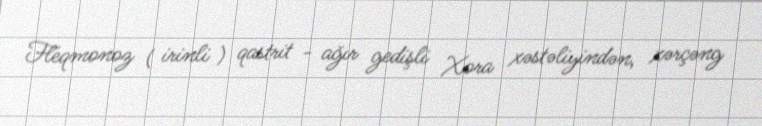
Fleqmonoz ( irinli ) qastrit - ağır gedişli Xora xəstəliyindən, xərçəng